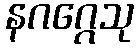
နဂဂ္ဂေသု